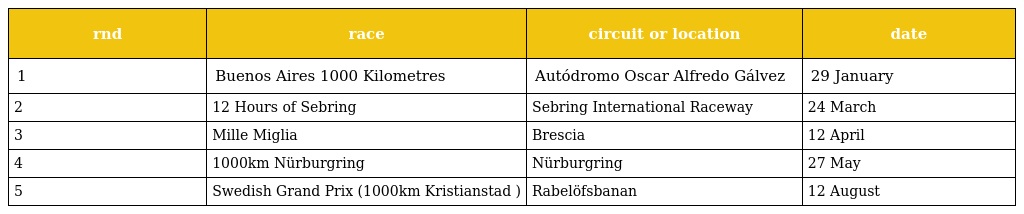
| rnd | race | circuit or location | date |
 | --- | --- | --- | --- |
 | 1 | Buenos Aires 1000 Kilometres | Autódromo Oscar Alfredo Gálvez | 29 January |
 | 2 | 12 Hours of Sebring | Sebring International Raceway | 24 March |
 | 3 | Mille Miglia | Brescia | 12 April |
 | 4 | 1000km Nürburgring | Nürburgring | 27 May |
 | 5 | Swedish Grand Prix (1000km Kristianstad ) | Rabelöfsbanan | 12 August |